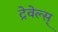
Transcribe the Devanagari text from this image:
ट्रेवेल्स्